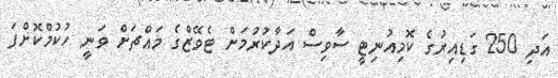
އަދި 250 ގަޑިއިރުގެ ކޮމިއުނިޓީ ސާވިސް އަދާކުރުމަށް ޓެވޭޒްގެ މައްޗަށް ވަނީ ހުކުމްކޮށްފަ